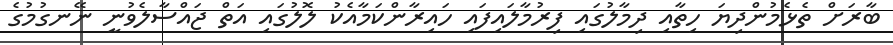
ބާރަށް ތެޅެމުންދިޔަ ހިތާއި ދިމާލުގައި ފިރުމާލައިފައި ހައިރާންކަމާއެކު ލޮލުގައި އަތް ޖައްސާލެވުނީ ނޭނގުމުގެ